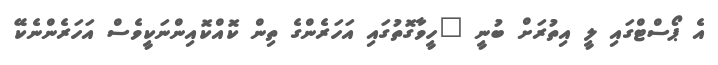
އެ ޕޯސްޓްގައި ލީ އިތުރަށް ބުނީ "ހީވާގޮތުގައި އަހަރެންގެ ތިން ކޮއްކޮއިންނަކީވެސް އަހަރެންނެކޭ